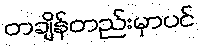
တချိန်တည်းမှာပင်